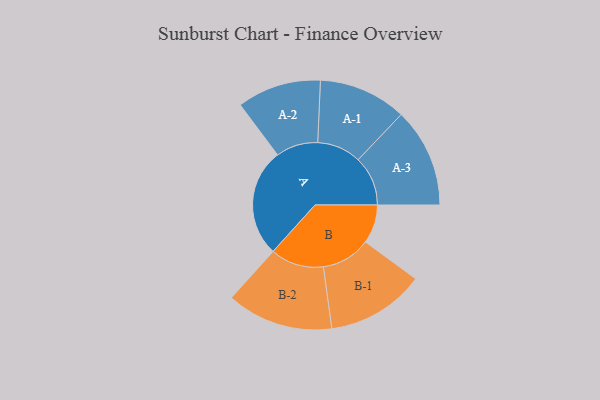
{"axis": {"x": "Segment", "y": "Value"}, "legend": ["", "A", "B"], "data": [{"x": "A", "y": 497, "type": ""}, {"x": "B", "y": 178, "type": ""}, {"x": "A-1", "y": 202, "type": "A"}, {"x": "A-2", "y": 193, "type": "A"}, {"x": "A-3", "y": 228, "type": "A"}, {"x": "B-1", "y": 226, "type": "B"}, {"x": "B-2", "y": 245, "type": "B"}]}